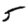
Digit: 5